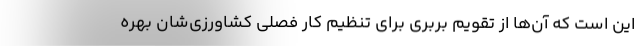
این است که آن‌ها از تقویم بربری برای تنظیم کار فصلی کشاورزی‌شان بهره